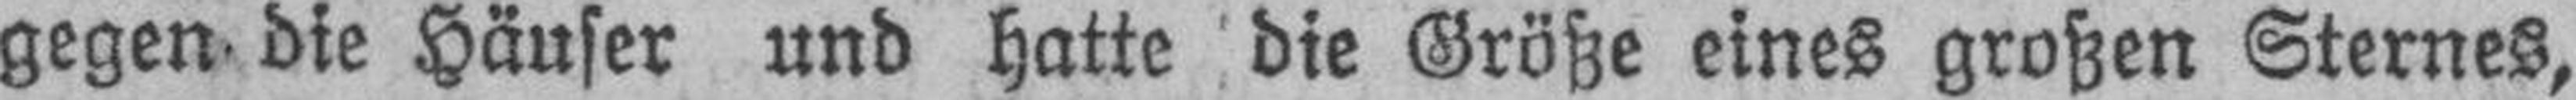
gegen die Häuser und hatte die Größe eines großen Sternes,